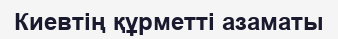
Киевтің құрметті азаматы